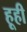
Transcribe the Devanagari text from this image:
हूही